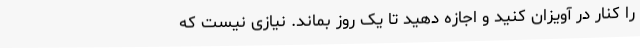
را کنار در آویزان کنید و اجازه دهید تا یک روز بماند. نیازی نیست که